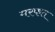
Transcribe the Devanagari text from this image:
मरफत